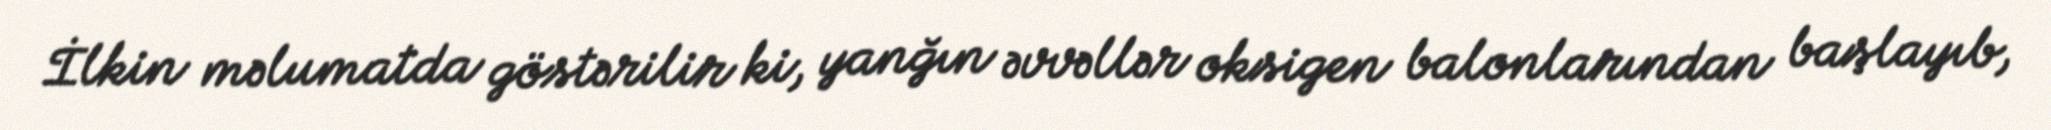
İlkin məlumatda göstərilir ki, yanğın əvvəllər oksigen balonlarından başlayıb,